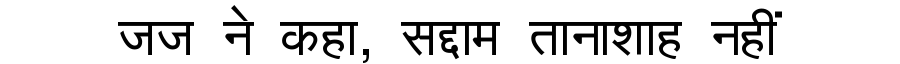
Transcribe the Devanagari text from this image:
जज ने कहा, सद्दाम तानाशाह नहीं